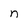
Character: n